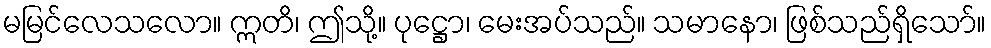
မမြင်လေသလော။ ဣတိ၊ ဤသို့။ ပုဋ္ဌော၊ မေးအပ်သည်။ သမာနော၊ ဖြစ်သည်ရှိသော်။